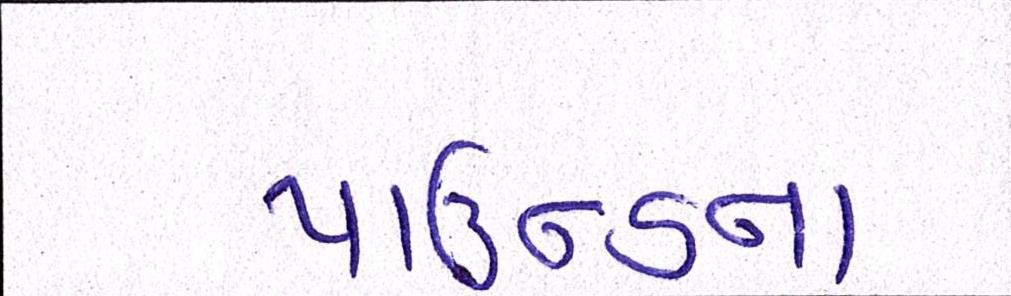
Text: પાઉન્ડના